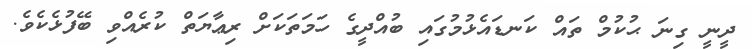
ދީނީ ގިނަ ޙުކުމް ތައް ކަނޑައެޅުމުގައި ބުއްދީގެ ހަމަތަކަށް ރިޢާޔަތް ކުރެއްވި ބޭފުޅެކެވެ.